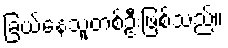
ခြယ်နေသူတစ်ဦးဖြစ်သည်။